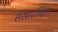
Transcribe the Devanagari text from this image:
संसारचिंता